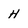
Character: H